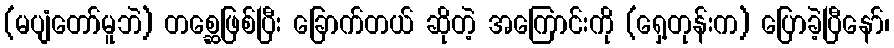
(မပျံတော်မူဘဲ) တစ္ဆေဖြစ်ပြီး ခြောက်တယ် ဆိုတဲ့ အကြောင်းကို (ရှေ့တုန်းက) ပြောခဲ့ပြီနော်၊